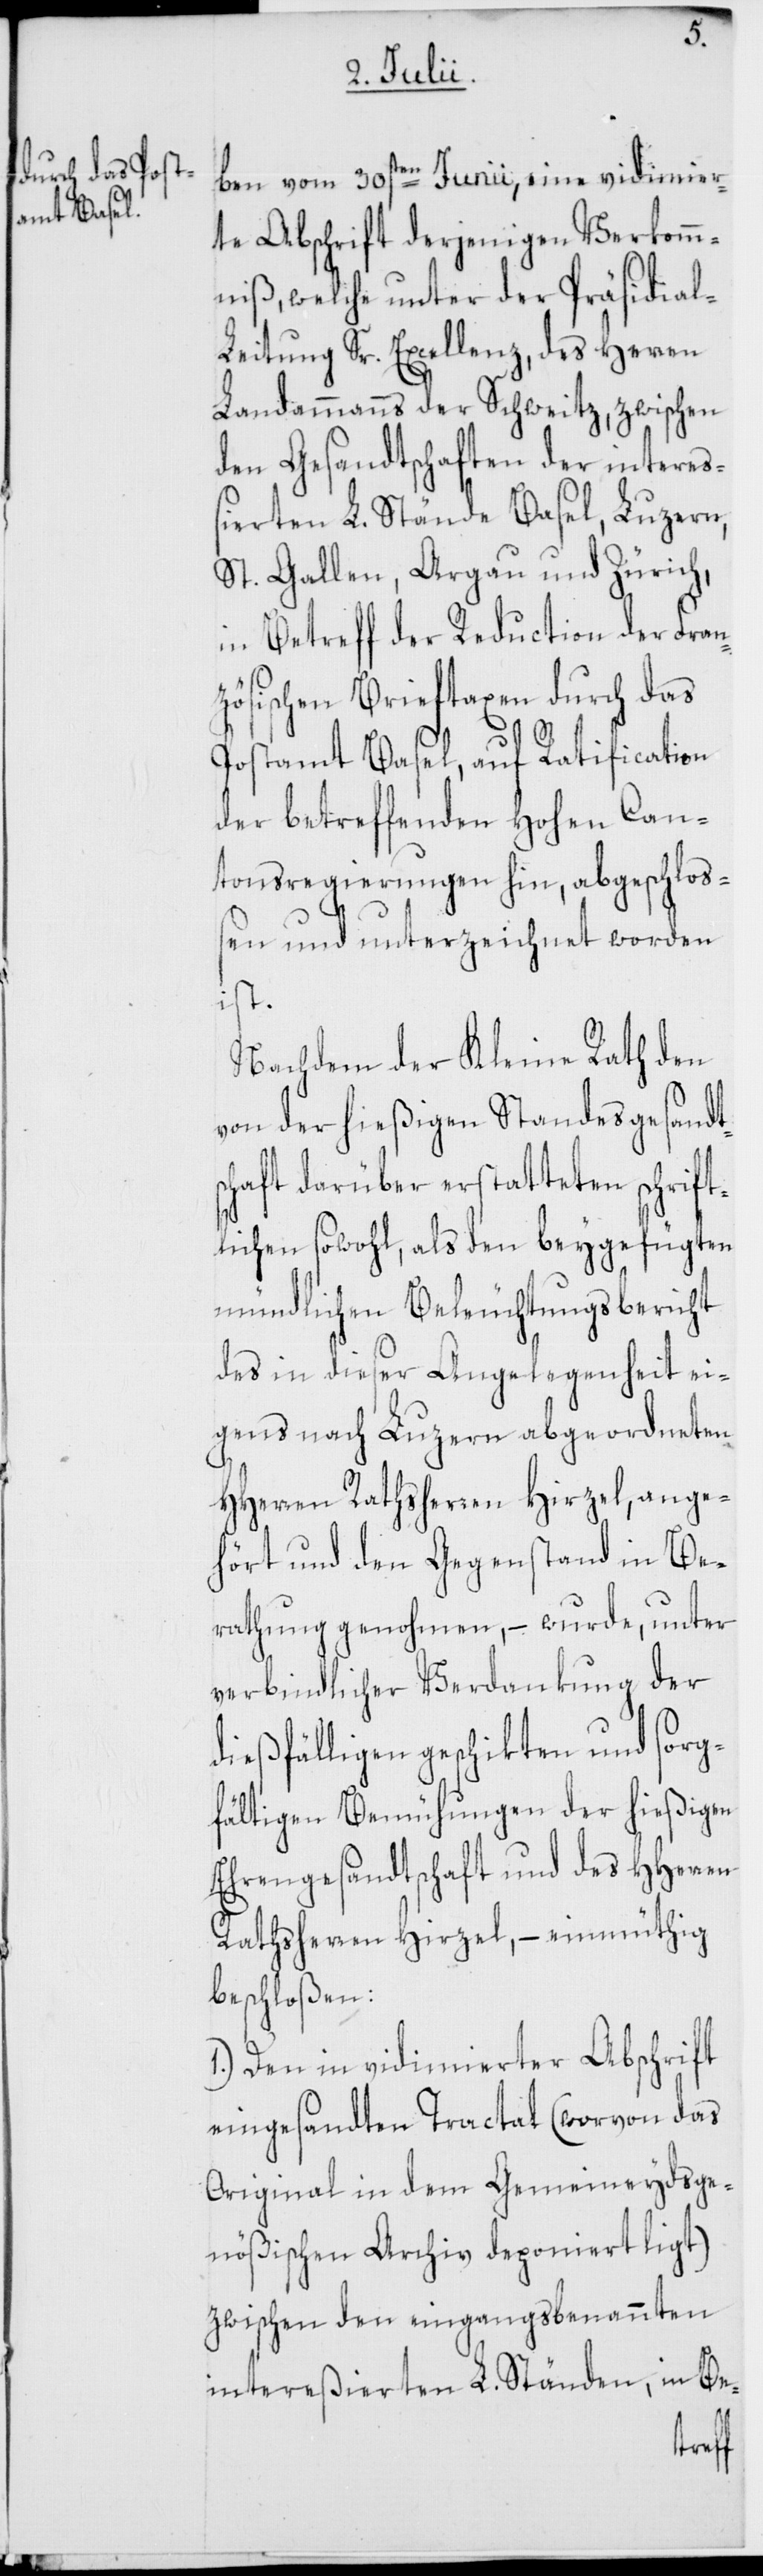
ben vom 30sten Junii, eine vidimier¬
te Abschrift derjenigen Verkomm¬
niß, welche unter der Präsidia¬
l-Leitung Sr. Excellenz, des Herren
Landammanns der Schweitz, zwischen
den Gesandtschaften der intere¬
ßierten L. Stände Basel, Luzern,
St. Gallen, Argau und Zürich,
in Betreff der Reduction der Fran¬
zösischen Brieftaxen durch das
Postamt Basel, auf Ratification
der betreffenden Hohen Can¬
tonsregierungen hin, abgeschloß¬
en und unterzeichnet worden
ist.
Nachdem der Kleine Rath den
von der hießigen Standesgesandts¬
chaft darüber erstatteten schrift¬
lichen sowohl, als den beygefügten
mündlichen Beleuchtungsbericht
des in dieser Angelegenheit ei¬
gens nach Luzern abgeordneten
HHerren Rathsherren Hirzel, ange¬
hört und den Gegenstand in Be¬
rathung genohmen, – wurde, unter
verbindlicher Verdankung der
diesfälligen geschikten und sorg¬
fältigen Bemühungen der hießigen
Ehrengesandtschaft und des HHerren
Rathsherren Hirzel, – einmüthig
beschloßen:
1.) Den in vidimierter Abschrift
eingesandten Tractat (worvon das
Original in dem Gemeineydsge¬
nößischen Archiv deponiert ligt)
zwischen den eingangsbenannten
intereßierten L. Ständen, in Be-